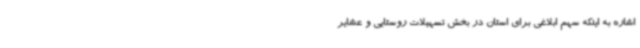
اشاره به اینکه سهم ابلاغی برای استان در بخش تسهیلات روستایی و عشایر